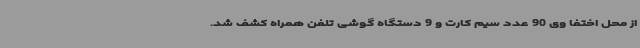
از محل اختفا وی 90 عدد سیم کارت و 9 دستگاه گوشی تلفن همراه کشف شد.